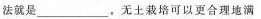
法就是___，无土裁培可以更合理地满